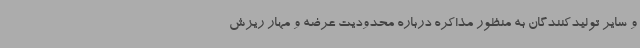
و سایر تولیدکنندگان به منظور مذاکره درباره محدودیت عرضه و مهار ریزش